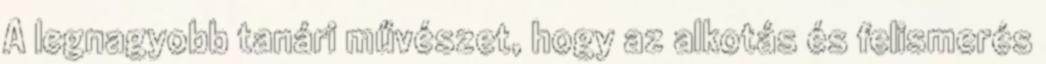
A legnagyobb tanári művészet, hogy az alkotás és felismerés